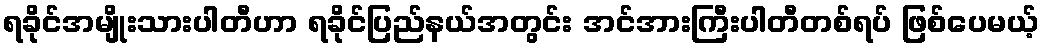
ရခိုင်အမျိုးသားပါတီဟာ ရခိုင်ပြည်နယ်အတွင်း အင်အားကြီးပါတီတစ်ရပ် ဖြစ်ပေမယ့်